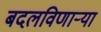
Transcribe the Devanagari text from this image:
बदलविणाऱ्या